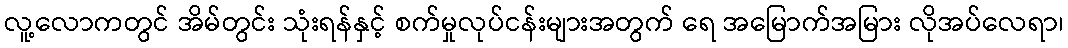
လူ့လောကတွင် အိမ်တွင်း သုံးရန်နှင့် စက်မှုလုပ်ငန်းများအတွက် ရေ အမြောက်အမြား လိုအပ်လေရာ၊